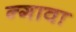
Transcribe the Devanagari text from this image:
न्गावा